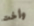
وأخت